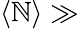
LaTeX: \langle\mathbb{N}\rangle\gg